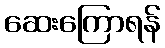
ဆေးကြောရန်